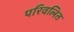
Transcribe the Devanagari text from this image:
परिवलित